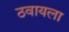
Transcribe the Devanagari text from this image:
ठवायला